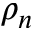
\rho _ { n }